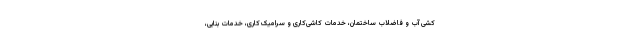
کشی آب و فاضلاب ساختمان، خدمات کاشی‌کاری و سرامیک‌کاری، خدمات بنایی،